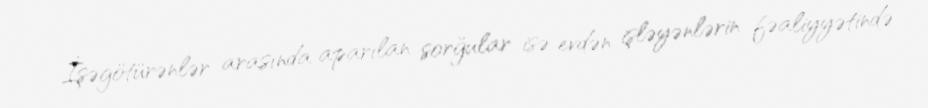
İşəgötürənlər arasında aparılan sorğular isə evdən işləyənlərin fəaliyyətində